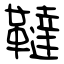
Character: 韃